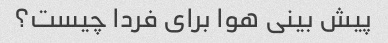
پیش بینی هوا برای فردا چیست؟